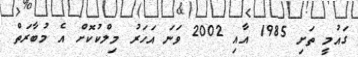
ގައުމީ ތަށި 1985 އާއި 2002 ވަނަ އަހަރު މިލްކުކޮށް އެެ މުބާރަތް